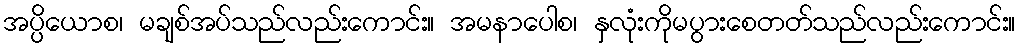
အပ္ပိယောစ၊ မချစ်အပ်သည်လည်းကောင်း။ အမနာပေါစ၊ နှလုံးကိုမပွားစေတတ်သည်လည်းကောင်း။